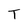
Character: T